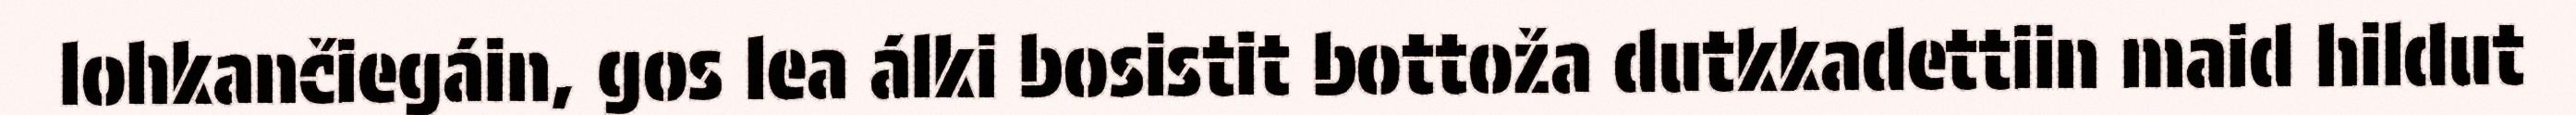
lohkančiegáin, gos lea álki bosistit bottoža dutkkadettiin maid hildut